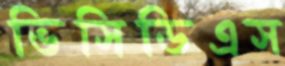
ভিসিডিএস